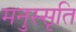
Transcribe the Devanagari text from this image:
मनुस्सृति